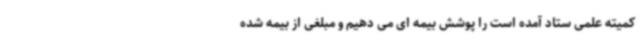
کمیته علمی ستاد آمده است را پوشش بیمه ای می دهیم و مبلغی از بیمه شده